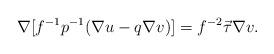
LaTeX: \begin{align*}\nabla [f^{-1}p^{-1}(\nabla u - q\nabla v)] =f^{-2}\vec \tau \nabla v.\end{align*}